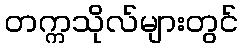
တက္ကသိုလ်များတွင်